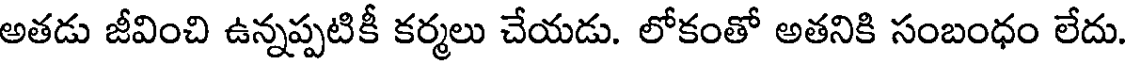
అతడు జీవించి ఉన్నప్పటికీ కర్మలు చేయడు. లోకంతో అతనికి సంబంధం లేదు